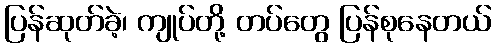
ပြန်ဆုတ်ခဲ့၊ ကျုပ်တို့ တပ်တွေ ပြန်စုနေတယ်